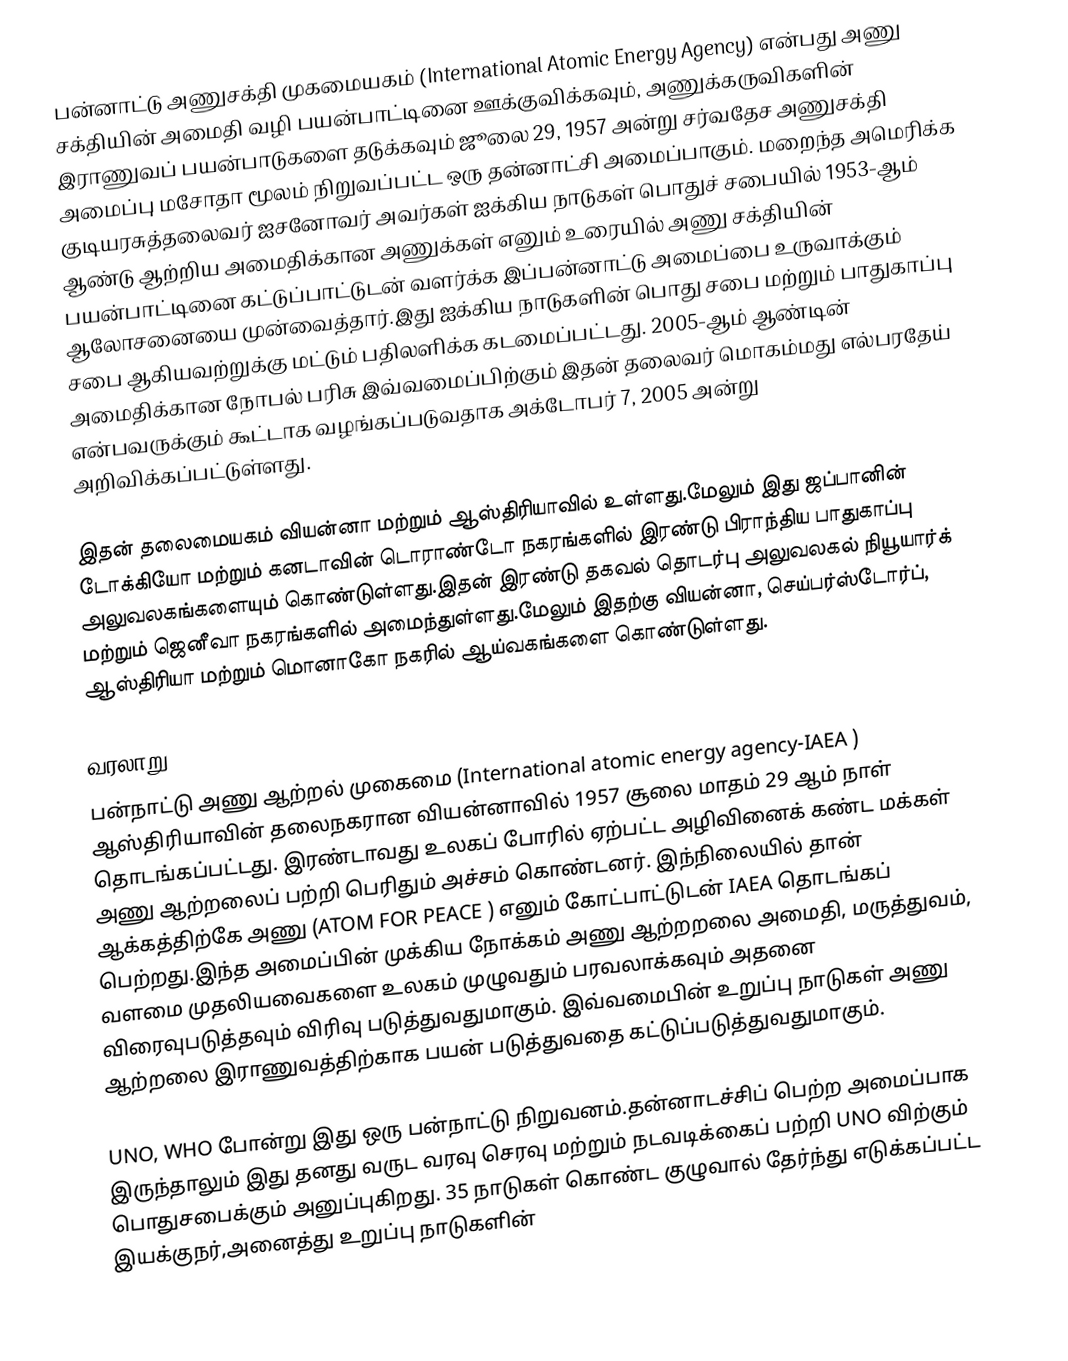
பன்னாட்டு அணுசக்தி முகமையகம் (International Atomic Energy Agency) என்பது அணு சக்தியின் அமைதி வழி பயன்பாட்டினை ஊக்குவிக்கவும், அணுக்கருவிகளின் இராணுவப் பயன்பாடுகளை தடுக்கவும் ஜூலை 29, 1957 அன்று சர்வதேச அணுசக்தி அமைப்பு மசோதா மூலம் நிறுவப்பட்ட ஒரு தன்னாட்சி அமைப்பாகும். மறைந்த அமெரிக்க குடியரசுத்தலைவர் ஐசனோவர் அவர்கள் ஐக்கிய நாடுகள் பொதுச் சபையில் 1953-ஆம் ஆண்டு ஆற்றிய அமைதிக்கான அணுக்கள் எனும் உரையில் அணு சக்தியின் பயன்பாட்டினை கட்டுப்பாட்டுடன் வளர்க்க இப்பன்னாட்டு அமைப்பை உருவாக்கும் ஆலோசனையை முன்வைத்தார்.இது ஐக்கிய நாடுகளின் பொது சபை மற்றும் பாதுகாப்பு சபை ஆகியவற்றுக்கு மட்டும் பதிலளிக்க கடமைப்பட்டது. 2005-ஆம் ஆண்டின் அமைதிக்கான நோபல் பரிசு இவ்வமைப்பிற்கும் இதன் தலைவர் மொகம்மது எல்பரதேய் என்பவருக்கும் கூட்டாக வழங்கப்படுவதாக அக்டோபர் 7, 2005 அன்று அறிவிக்கப்பட்டுள்ளது.

இதன் தலைமையகம் வியன்னா மற்றும் ஆஸ்திரியாவில் உள்ளது.மேலும் இது ஜப்பானின் டோக்கியோ மற்றும் கனடாவின் டொராண்டோ நகரங்களில் இரண்டு பிராந்திய பாதுகாப்பு அலுவலகங்களையும் கொண்டுள்ளது.இதன் இரண்டு தகவல் தொடர்பு அலுவலகல் நியூயார்க் மற்றும் ஜெனீவா நகரங்களில் அமைந்துள்ளது.மேலும் இதற்கு வியன்னா, செய்பர்ஸ்டோர்ப், ஆஸ்திரியா மற்றும் மொனாகோ நகரில் ஆய்வகங்களை கொண்டுள்ளது.

வரலாறு
பன்நாட்டு அணு ஆற்றல் முகைமை  (International atomic energy agency-IAEA ) ஆஸ்திரியாவின் தலைநகரான வியன்னாவில் 1957 சூலை மாதம் 29 ஆம்  நாள் தொடங்கப்பட்டது. இரண்டாவது உலகப் போரில் ஏற்பட்ட அழிவினைக் கண்ட மக்கள் அணு ஆற்றலைப் பற்றி பெரிதும் அச்சம் கொண்டனர். இந்நிலையில் தான் ஆக்கத்திற்கே அணு (ATOM FOR PEACE ) எனும் கோட்பாட்டுடன் IAEA தொடங்கப் பெற்றது.இந்த அமைப்பின் முக்கிய நோக்கம் அணு ஆற்றறலை அமைதி, மருத்துவம், வளமை முதலியவைகளை உலகம் முழுவதும் பரவலாக்கவும் அதனை விரைவுபடுத்தவும் விரிவு படுத்துவதுமாகும். இவ்வமைபின் உறுப்பு நாடுகள் அணு ஆற்றலை இராணுவத்திற்காக பயன் படுத்துவதை கட்டுப்படுத்துவதுமாகும்.

UNO, WHO போன்று இது ஒரு பன்நாட்டு நிறுவனம்.தன்னாடச்சிப் பெற்ற அமைப்பாக இருந்தாலும் இது தனது வருட வரவு செரவு மற்றும் நடவடிக்கைப் பற்றி UNO விற்கும் பொதுசபைக்கும் அனுப்புகிறது. 35 நாடுகள் கொண்ட குழுவால் தேர்ந்து எடுக்கப்பட்ட இயக்குநர்,அனைத்து உறுப்பு நாடுகளின்